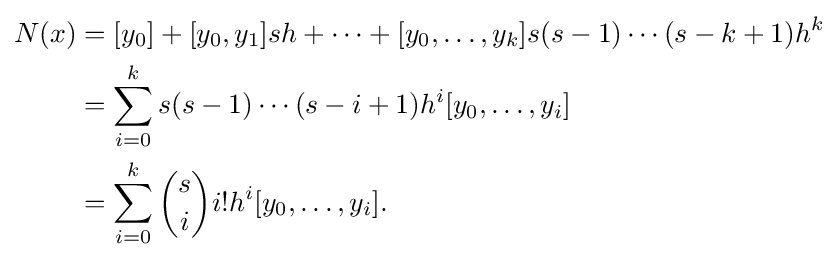
{\begin{aligned}N(x)&=[y_{0}]+[y_{0},y_{1}]sh+\cdots +[y_{0},\ldots ,y_{k}]s(s-1)\cdots (s-k+1){h}^{k}\\&=\sum _{i=0}^{k}s(s-1)\cdots (s-i+1){h}^{i}[y_{0},\ldots ,y_{i}]\\&=\sum _{i=0}^{k}{s \choose i}i!{h}^{i}[y_{0},\ldots ,y_{i}].\end{aligned}}